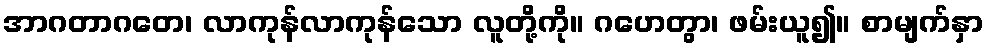
အာဂတာဂတေ၊ လာကုန်လာကုန်သော လူတို့ကို။ ဂဟေတွာ၊ ဖမ်းယူ၍။ စာမျက်နှာ